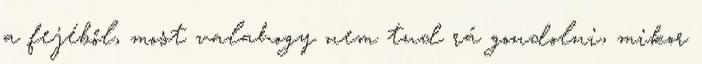
a fejéből, most valahogy nem tud rá gondolni, mikor